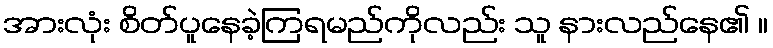
အားလုံး စိတ်ပူနေခဲ့ကြရမည်ကိုလည်း သူ နားလည်နေ၏ ။